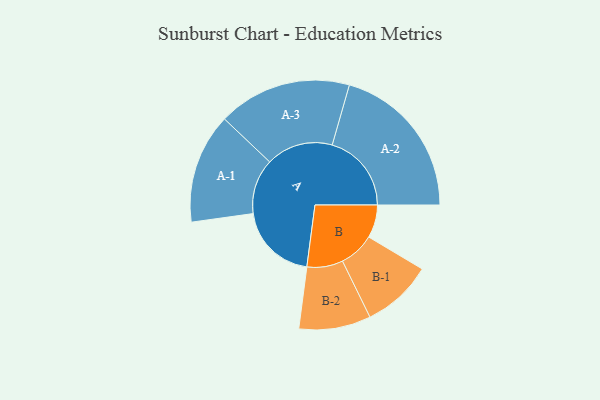
{"axis": {"x": "Segment", "y": "Value"}, "legend": ["", "A", "B"], "data": [{"x": "A", "y": 264, "type": ""}, {"x": "B", "y": 109, "type": ""}, {"x": "A-1", "y": 182, "type": "A"}, {"x": "A-2", "y": 262, "type": "A"}, {"x": "A-3", "y": 221, "type": "A"}, {"x": "B-1", "y": 117, "type": "B"}, {"x": "B-2", "y": 119, "type": "B"}]}